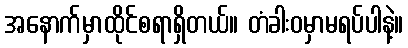
အနောက်မှာထိုင်စရာရှိတယ်။ တံခါးဝမှာမရပ်ပါနဲ့။